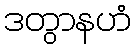
ဒတွာနဟံ